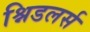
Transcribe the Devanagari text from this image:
श्निडलर्स